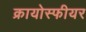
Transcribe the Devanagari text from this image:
क्रायोस्फीयर